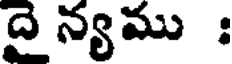
దై న్యము :